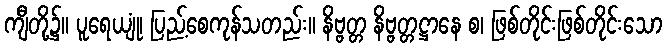
ကျီတို့၌။ ပူရေယျုံ၊ ပြည့်စေကုန်သတည်း။ နိဗ္ဗတ္တ နိဗ္ဗတ္တဋ္ဌာနေ စ၊ ဖြစ်တိုင်းဖြစ်တိုင်းသော